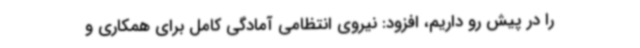
را در پیش رو داریم، افزود: نیروی انتظامی آمادگی کامل برای همکاری و